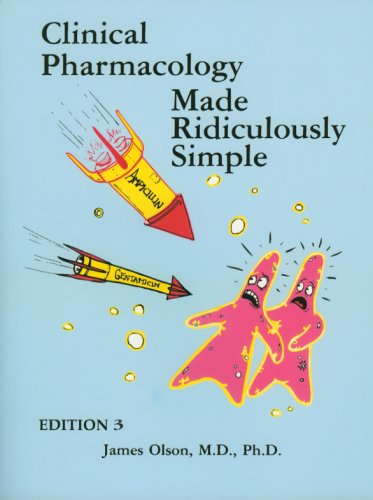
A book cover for Olson: Clinical Pharmacology Made Ridiculously Simple (Edition 3); James Olson; Medical Books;